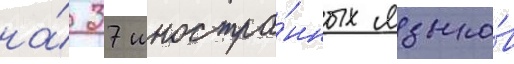
на́ 37 иностра́нных языко́в